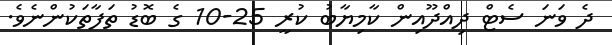
ދެ ވަނަ ސެޓް ދިއްދޫއިން ކާމިޔާބު ކުރީ 25-10 ގެ ބޮޑު ތަފާތަކުންނެވެ.